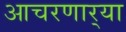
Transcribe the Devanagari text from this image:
आचरणार्‍या